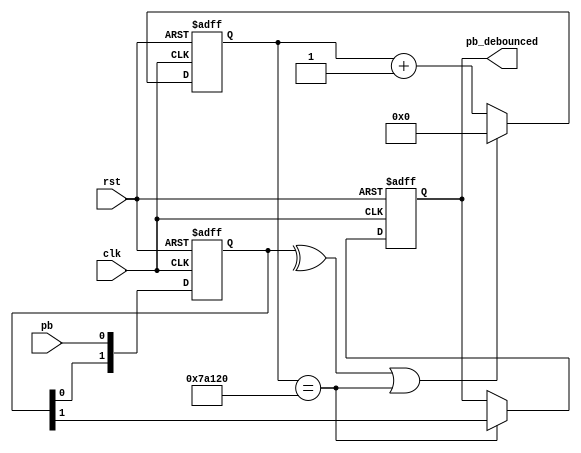
// https://www.youtube.com/watch?v=9n_YWHAdcLk

module debouncer
#(
        parameter CLOCK_FREQ = 50_000_000,
        parameter STABLE_TIME = 10 // ms
) (
        input wire clk,
        input wire rst,
        input wire pb,
        output wire pb_debounced
);

localparam COUNTER_MAX = (CLOCK_FREQ * STABLE_TIME) / 1000;

reg [1:0] ff_i;
reg ff_o;
reg [31:0] counter;

wire clear_counter;
wire counter_max;

always @(posedge clk or negedge rst)
begin
        if (!rst)
        begin
                ff_i <= 0;
        end
        else
        begin
                ff_i[1:0] <= {ff_i[0], pb};
        end
end

assign clear_counter = ^ff_i;

always @(posedge clk or negedge rst)
begin
        if (!rst)
        begin
                counter <= 0;
        end
        else if (clear_counter || counter_max)
        begin
                counter <= 0;
        end
        else
        begin
                counter <= counter + 1'b1;
        end
end

assign counter_max = (counter == COUNTER_MAX);

always @(posedge clk or negedge rst)
begin
        if (!rst)
        begin
                ff_o <= 0;
        end
        else if (counter_max)
        begin
                ff_o <= ff_i[1];
        end
end

assign pb_debounced = ff_o;

endmodule